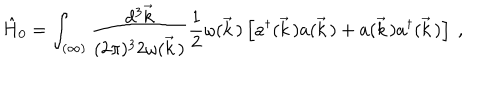
\hat { H } _ { 0 } = \int _ { ( \infty ) } \frac { d ^ { 3 } \vec { k } } { ( 2 \pi ) ^ { 3 } 2 \omega ( \vec { k } \, ) } \frac { 1 } { 2 } \omega ( \vec { k } \, ) \left[ a ^ { \dagger } ( \vec { k } \, ) a ( \vec { k } \, ) + a ( \vec { k } \, ) a ^ { \dagger } ( \vec { k } \, ) \right] \ ,